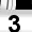
Digit: 3